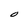
Character: O